Sanitation, dispensaries and jails vaccination Rajputana 1922-1927 - 1922-1927
Year: 1922
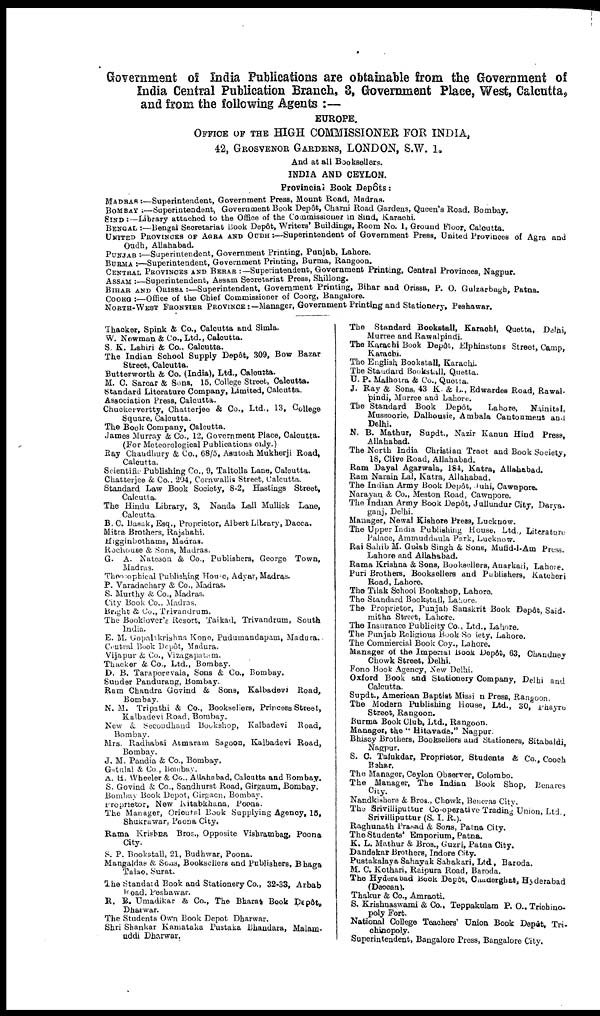
Government of India Publications are obtainable from the Government of
India Central Publication Branch, 3, Government Place, West, Calcutta,
and from the following Agents :—
EUROPE.
OFFICE OF THE HIGH COMMISSIONER FOR INDIA,
42, GROSVENOR GARDENS, LONDON, S.W. 1.
And at all Booksellers.
INDIA AND CEYLON.
Provincial Book Depôts:
MADRAS :—Superintendent, Government Press, Mount Road, Madras.
BOMBAY :—Superintendent, Government Book Depôt, Charni Road Gardens, Queen's Road. Bombay.
SIND :—Library attached to the Office of the Commissioner in Sind, Karachi.
BENGAL :—Bengal Secretariat Book Depôt, Writers' Buildings, Room No. 1, Ground Floor, Calcutta.
UNITED PROVINCES OF AGRA AND OUDH :—Superintendent of Government Press, United Provinces of Agra and
Oudh, Allahabad.
PUNJAB:—Superintendent, Government Printing, Punjab, Lahore.
BURMA :—Superintendent, Government Printing, Burma, Rangoon.
CENTRAL PROVINCES AND BERAR :— Superintendent, Government Printing, Central Provinces, Nagpur.
ASSAM :—Superintendent, Assam Secretariat Press, Shillong.
BIHAR AND ORISSA :—Superintendent, Government Printing, Bihar and Orissa, P. O. Gulzarbagh, Patna.
COORG :—Office of the Chief Commissioner of Coorg, Bangalore.
NORTH-WEST FRONTIER PROVINCE : —Manager, Government Printing and Stationery, Peshawar.
Thacker, Spink & Co., Calcutta and Simla.
W. Nowman & Co., Ltd., Calcutta.
S. K. Lahiri & Co., Calcutta.
The Indian School Supply Depôt, 309, Bow Bazar
Street, Calcutta.
Butterworth & Co. (India), Ltd., Calcutta.
M. C. Sarcar & Sons, 15, College Street, Calcutta.
Standard Literature Company, Limited, Calcutta.
Association Press, Calcutta.
Chuckervertty, Chatterjee & Co., Ltd., 13, College
Square, Calcutta.
The Book Company, Calcutta.
James Murray & Co., 12, Government Place, Calcutta.
(For Meteorological Publications only.)
Ray Chaudhury & Co., 68/5, Asutosh Mukherji Road,
Calcutta.
Scientific Publishing Co., 9, Taltolla Lane, Calcutta.
Chatterjee & Co., 204, Cornwallis Street, Calcutta.
Standard Law Book Society, 8-2, Hastings Street,
Calcutta.
The Hindu Library, 3, Nanda Lall Mullick Lane,
Calcutta.
B. C. Basak, Esq., Proprietor, Albert Library, Dacca.
Mitra Brothers, Rajshahi.
Higginbothams, Madras.
Rochouse & Sons, Madras.
G. A. Nateson & Co., Publishers, George Town,
Madras.
Theosophical Publishing House, Adyar, Madras.
P. Varadachary & Co., Madras.
S. Murthy & Co., Madras.
City Book Co., Madras.
Bright & Co., Trivandrum.
The Booklover's Resort, Taikad, Trivandrum, South
India.
E. M. Gopalakrishna Kone, Pudumandapam, Madura.
Central Book Depôt, Madura.
Vijapur & Co., Vizagapatam.
Thacker & Co., Ltd., Bombay.
D. B. Taraporevala, Sons & Co., Bombay.
Sunder Pandurang, Bombay.
Ram Chandra Govind & Sons, Kalbadevi Road,
Bombay.
N. M. Tripathi & Co., Booksellers, Princess Street,
Kalbadevi Road, Bombay.
New &, Secondhand Bookshop, Kalbadevi Road,
Bombay.
Mrs. Radhabai Atmaram Sagoon, Kalbadevi Road,
Bombay.
J. M. Pandia & Co., Bombay.
Gatulal & Co., Bombay.
A. H. Wheeler & Co.. Allahabad, Calcutta and Bombay.
S. Govind & Co., Sandhurst Road, Girgaum, Bombay.
Bombay Book Depot, Girgaon, Bombay,
Proprietor, New Kitabkhana, Poona.
The Manager, Oriental Book Supplying Agency, 15,
Shukrawar, Poona City.
Rama Krishna Bros., Opposite Vishrambag, Poona
City.
S. P. Bookstall, 21, Budhwar, Poona.
Mangaldas & Sons, Booksellers and Publishers, Bhaga
Talac, Surat.
The Standard Book and Stationery Co., 32-33, Arbab
Road, Peshawar.
R. B. Umadikar & Co., The Bharat Book Depôt,
Dharwar.
The Students Own Book Depot Dharwar.
Shri Shankar Kamataka Pustaka Bhandara, Malam-
uddi Dharwar.
The Standard Bookstall, Karachi, Quetta, Delhi,
Murree and Rawalpindi.
The Karachi Book Depôt, Elphinstons Street, Camp,
Karachi.
The English Bookstall, Karachi.
The Standard Bookstall, Quetta.
U. P. Malhotra & Co., Quetta.
J. Ray & Sons, 43 K & L., Edwardes Road, Rawal-
pindi, Murree and Lahore.
The Standard Book Depôt,
Lahore,
Nainital,
Mussoorie, Dalhousie, Ambala Cantonment and
Delhi.
N. B. Mathur, Supdt., Nazir Kanun Hind Press,
Allahabad.
The North India Ghristian Tract and Book Society,
18, Clive Road, Allahabad.
Ram Dayal Agarwala, 184, Katra, Allahabad.
Ram Narain Lal, Katra, Allahabad.
The Indian Army Book Depôt, Juhi, Cawnpore.
Narayan & Co., Meston Road, Cawnpore.
The Indian Army Book Depôt, Jullundur City, Darya-
ganj, Delhi.
Manager, Newal Kishore Press, Lucknow.
The Upper India Publishing House, Ltd., Literature
Palace, Ammuddaula Park, Lucknow.
Rai Sahib M. Gulab Singh & Sons, Mufid-i-Am Press,
Lahore and Allahabad.
Rama Krishna & Sons, Booksellers, Anarkali, Lahore.
Puri Brothers, Booksellers and Publishers, Katcheri
Road, Lahore.
The Tilak School Bookshop, Lahore.
The Standard Bookstall, Lahore.
The Proprietor, Punjab Sanskrit Book Depôt, Said-
mitha Street, Lahore.
The Insurance Publicity Co., Ltd., Lahore.
The Punjab Religious Book Society, Lahore.
The Commercial Book Coy., Lahore.
Manager of the Imperial Book Depôt, 63, Chandney
Chowk Street, Delhi.
Fono Book Agency, New Delhi.
Oxford Book and Stationery Company, Delhi and
Calcutta.
Supdt., American Baptist Missi n Press, Rangoon.
The Modern Publishing House, Ltd., 30, Phayre
Street, Rangoon.
Burma Book Club, Ltd., Rangoon.
Manager, the " Hitavada," Nagpur.
Bhisey Brothers, Booksellers and Stationers, Sitabaldi,
Nagpur.
S. C. Talukdar, Proprietor, Students & Co., Cooch
Behar.
The Manager, Ceylon Observer, Colombo.
The Manager, The Indian Book Shop, Benares
City.
Nandkishore & Bros., Chowk, Beneras City.
The Srivilliputtur Co-operative Trading Union, Ltd
Srivilliputtur (S. I. R.).
Raghunath Prasad & Sons, Patna City.
The Students' Emporium, Patna.
K. L. Mathur & Bros., Guzri, Patna City.
Dandekar Brothers, Indore City.
Pustakalaya Sahayak Sahakari, Ltd., Baroda.
M. C. Kothari, Raipura Road, Baroda.
The Hyderabad Book Depôt, Chaderghat, Hyderabad
(Deccan).
Thakur & Co., Amraoti.
S. Krishnaswami & Co., Teppakulam P. O., Trichino¬
poly Fort.
National College Teachers' Union Book Depôt, Tri-
chinopoly.
Superintendent, Bangalore Press, Bangalore City,